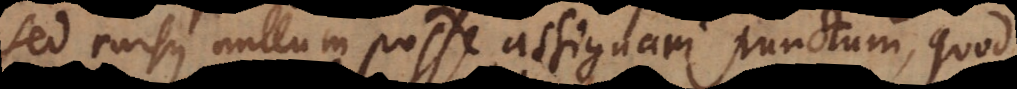
sed rursus nullum posse assignari punctum, quod